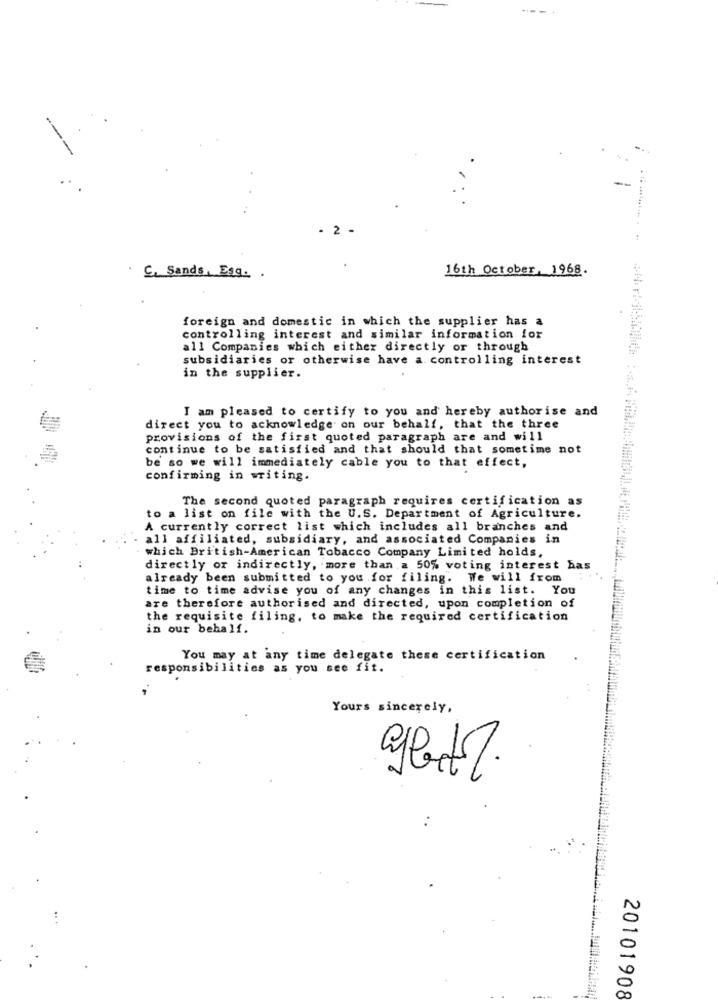
2 -
16th October, 1968.
C. Sands, Esq ..
foreign and domestic in which the supplier has a
controlling interest and similar information for
all Companies which either directly or through
subsidiaries or otherwise have a. controlling interest
in the supplier.
I am pleased to certify to you and hereby authorise and
direct you to acknowledge on our behalf, that the three
provisions of the first quoted paragraph are and will
continue to be satisfied and that should that sometime not
be so we will immediately cable you to that effect,
confirming in writing.
The second quoted paragraph requires certification as
to a list on file with the U.S. Department of Agriculture.
A currently correct list which includes all branches and
all affiliated, subsidiary, and associated Companies in
which British-American Tobacco Company Limited holds,
directly or indirectly, more than a 50% voting interest has
already been submitted to you for filing. We will from
time to time advise you of any changes in this list. You
are therefore authorised and directed, upon completion of
the requisite filing, to make the required certification
in our behalf.
You may at any time delegate these certification
responsibilities as you see fit.
Yours sincerely,
20101908